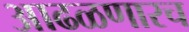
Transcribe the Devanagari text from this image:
आढळणारच